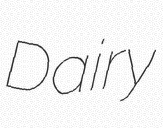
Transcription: Dairy